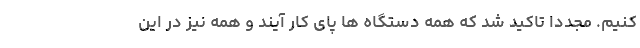
کنیم. مجددا تاکید شد که همه دستگاه ها پای کار آیند و همه نیز در این